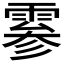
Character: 𫕨